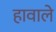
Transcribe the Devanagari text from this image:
हावाले